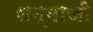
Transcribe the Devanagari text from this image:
धम्माजी